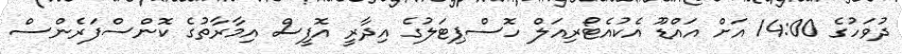
ދުވަހުގެ 14:00 އަށް އައްޑޫ އެކުއެޓޯރިއަލް ހޮސްޕިޓަލުގެ އިދާރީ އޮފީސް އިމާރާތުގެ ކޮންސްފަރެންސް